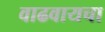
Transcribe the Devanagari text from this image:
वाढवायचा